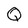
Character: Q